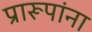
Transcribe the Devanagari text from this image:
प्रारूपांना